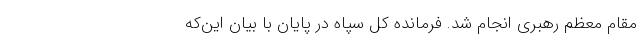
مقام معظم رهبری انجام شد. فرمانده کل سپاه در پایان با بیان این‌که